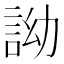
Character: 詏